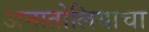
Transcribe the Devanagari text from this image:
अनातोलियाचा